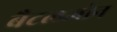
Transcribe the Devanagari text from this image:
बैटलजोन